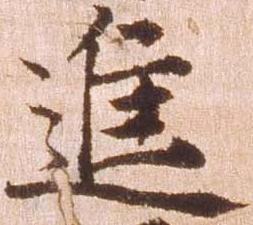
進